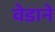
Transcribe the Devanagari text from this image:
वेडाने